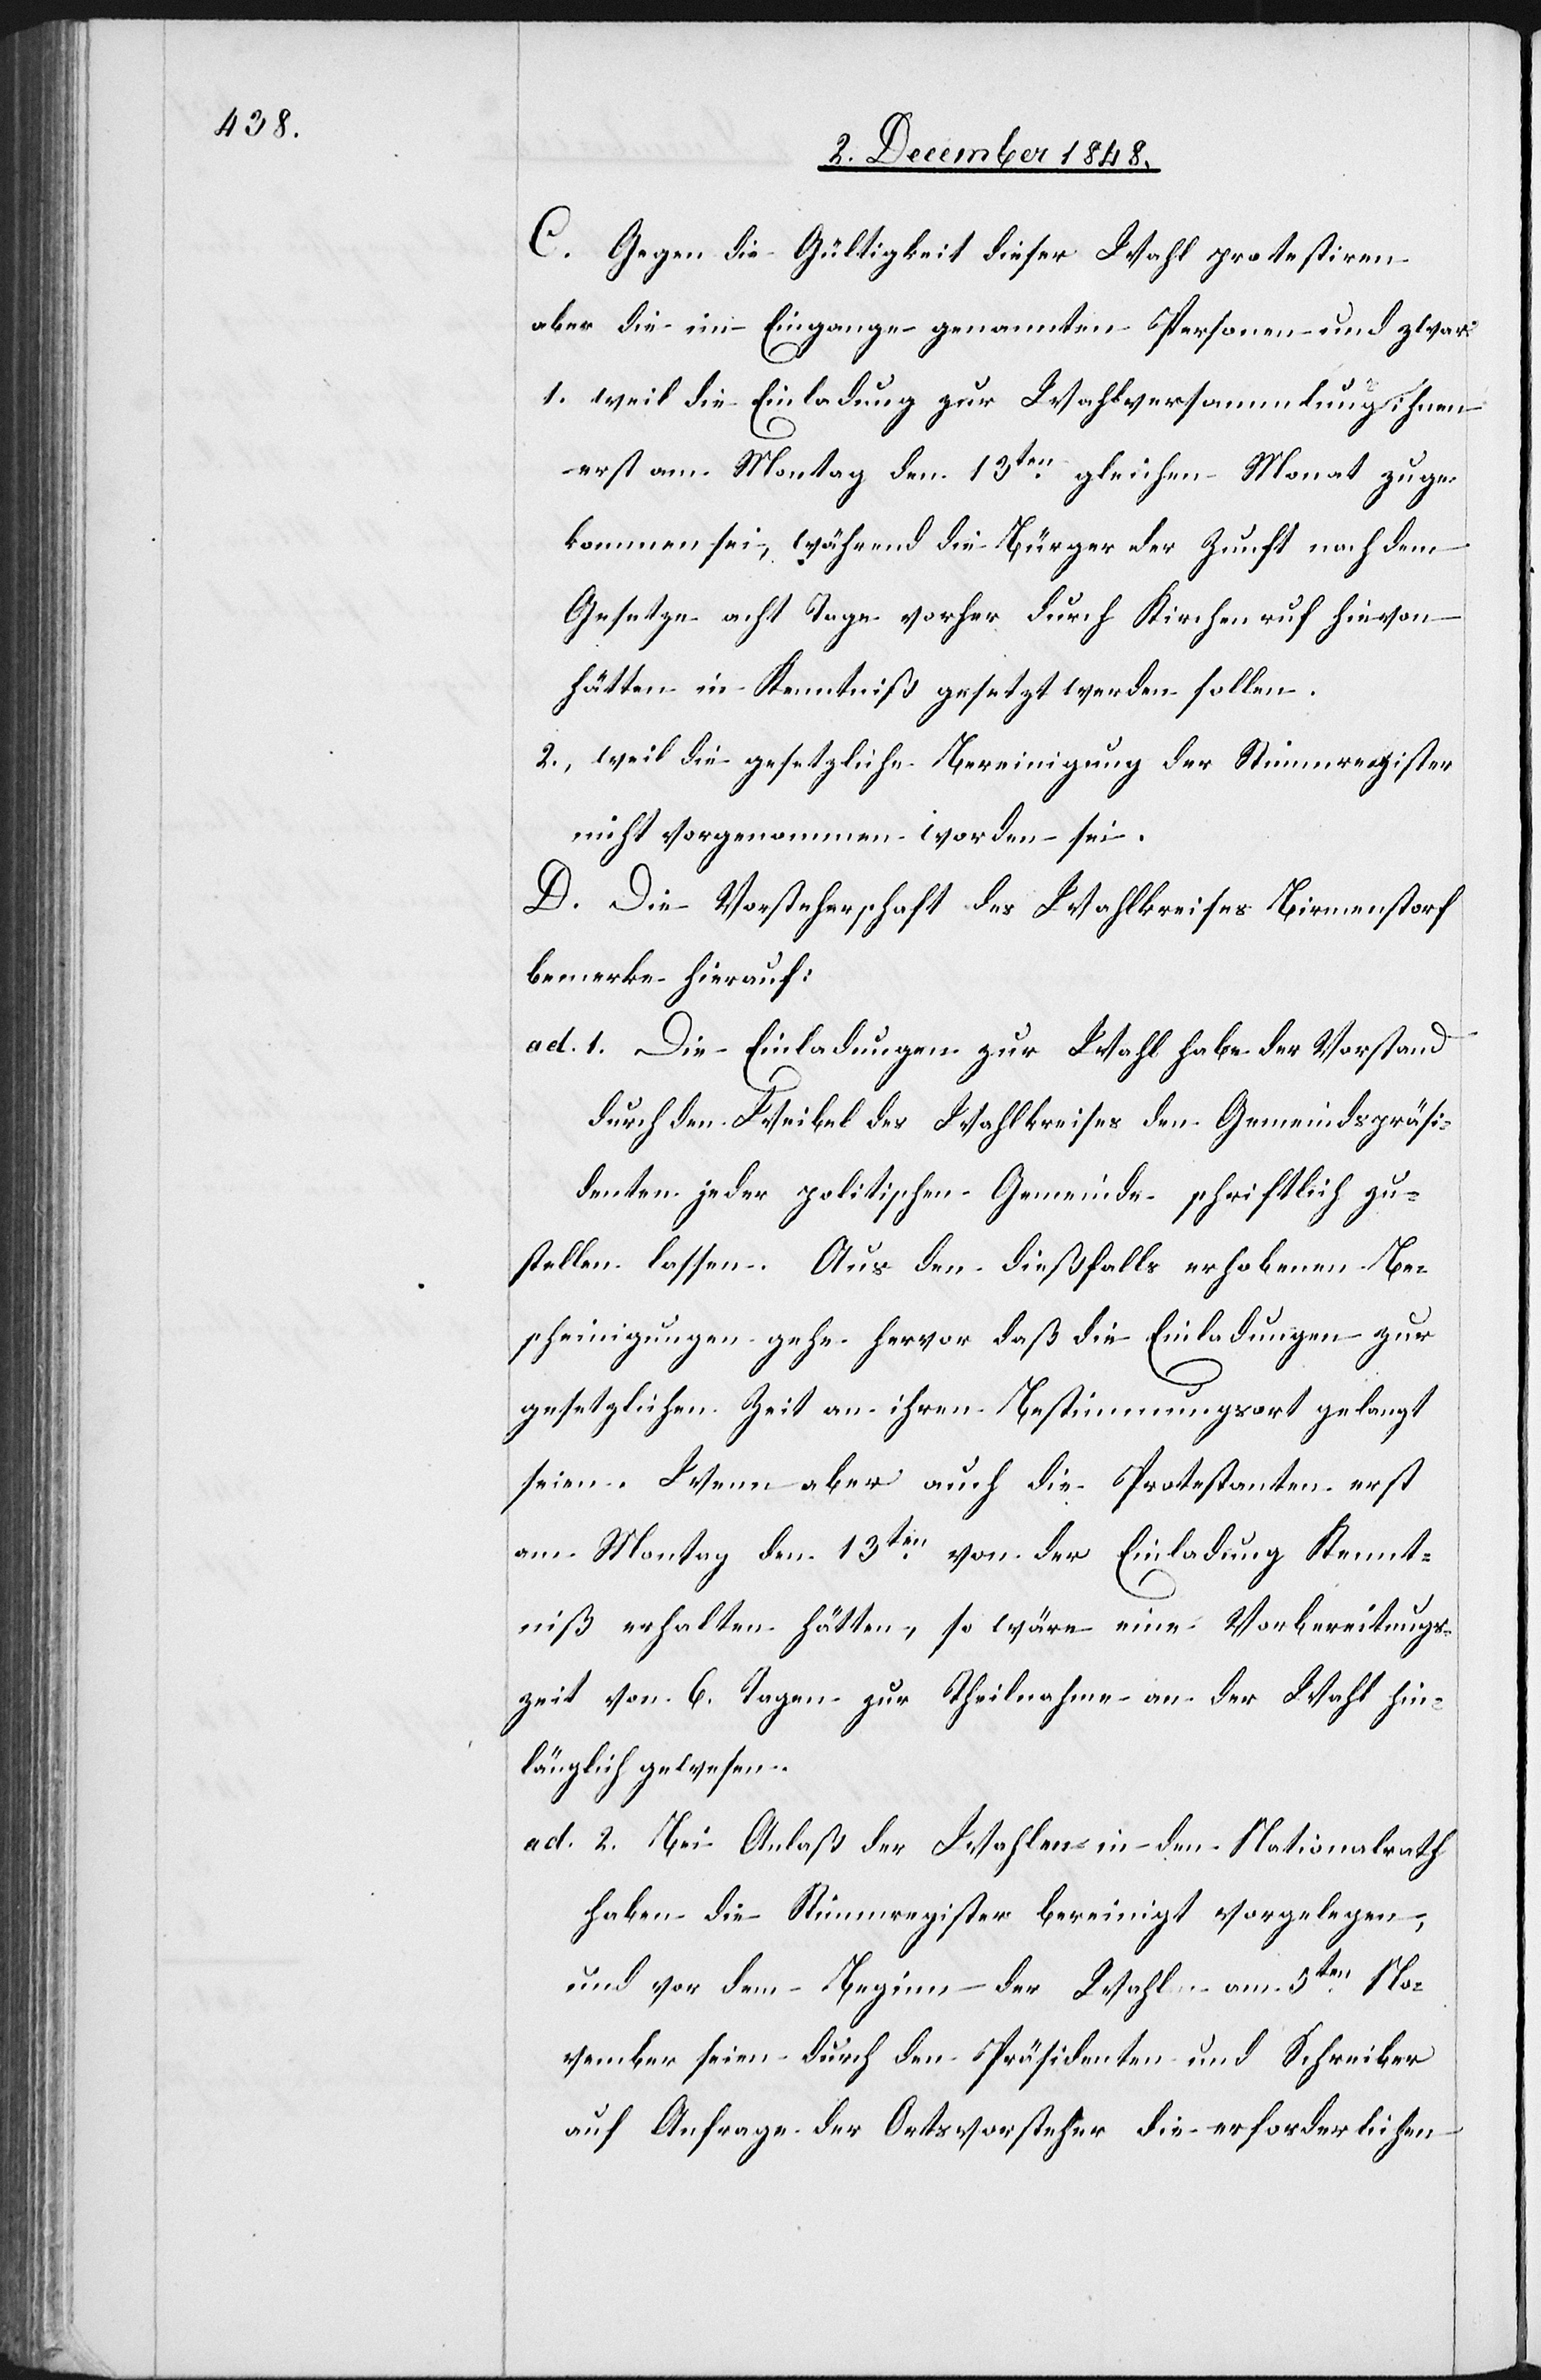
C. Gegen die Gültigkeit dieser Wahl protestiren
aber die im Eingange genannten Personen und zwar:
1. weil die Einladung zur Wahlversammlung ihnen
erst am Montag den 13ten gleichen Monat zuge¬
kommen sei, während die Bürger der Zunft nach dem
Gesetze acht Tage vorher durch Kirchenruf hievon
hätten in Kenntniß gesetzt werden sollen.
2. weil die gesetzliche Bereinigung der Stimmregister
nicht vorgenommen worden sei.
D. Die Vorsteherschaft des Wahlkreises Birmenstorf
bemerke hierauf:
ad. 1. Die Einladungen zur Wahl habe der Vorstand
durch den Weibel des Wahlkreises den Gemeindspräsi¬
denten jeder politischen Gemeinde schriftlich zu¬
stellen lassen. Aus den dießfalls erhobenen Be¬
scheinigungen gehe hervor daß die Einladungen zur
gesetzlichen Zeit an ihren Bestimmungsort gelangt
seien. Wenn aber auch die Protestanten erst
am Montag den 13ten von der Einladung Kennt¬
niß erhalten hätten, so wäre eine Vorbereitungs¬
zeit von 6. Tagen zur Theilnahme an der Wahl hin¬
länglich gewesen.
ad. 2. Bei Anlaß der Wahlen in den Nationalrath
haben die Stimmregister bereinigt vorgelegen,
und vor dem Beginn der Wahl am 5ten No¬
vember seien durch den Präsidenten und Schreiber
auf Anfrage der Ortsvorsteher die erforderlichen